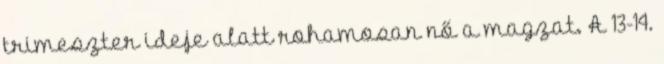
trimeszter ideje alatt rohamosan nő a magzat. A 13-14.